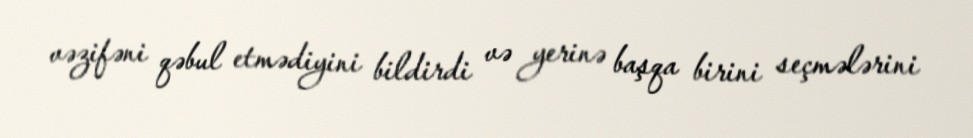
vəzifəni qəbul etmədiyini bildirdi və yerinə başqa birini seçmələrini